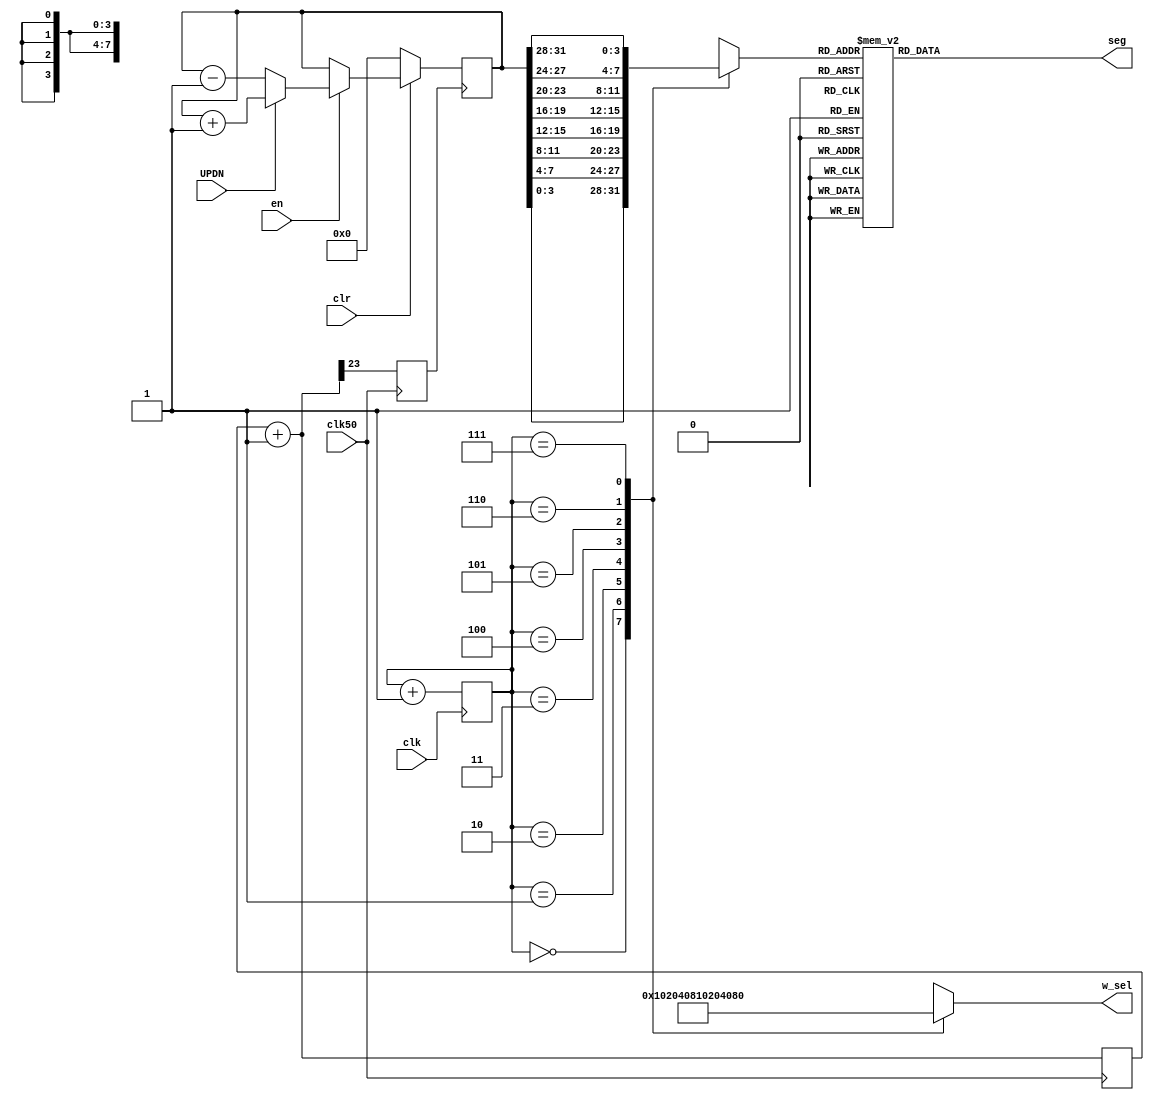
module DigitalTube2(
	 clk50,clr,en,UPDN,  clk,seg,w_sel
);//clk50:50MHZ
	//clk//temp14
	//cntclk:2.98HZ
    input clk;
    //parameter[31:0] datain=32'h20210527;
    output reg[7:0] seg;
    output reg[7:0] w_sel;
    reg[2:0] cnt;
    reg[3:0] data;
//-----------------------
	input clk50,clr,en,UPDN;
	reg[23:0] temp=0;//24
	reg[31:0] cnt32=0;//32
	reg cntclk; //cntclk:2.98HZ
//-----------------------
always @(cnt) begin
    case(cnt)
        3'b000:begin w_sel<=8'b00000001;data<=cnt32[3:0];end
        3'b001:begin w_sel<=8'b00000010;data<=cnt32[7:4];end
        3'b010:begin w_sel<=8'b00000100;data<=cnt32[11:8];end
        3'b011:begin w_sel<=8'b00001000;data<=cnt32[15:12];end
        3'b100:begin w_sel<=8'b00010000;data<=cnt32[19:16];end
        3'b101:begin w_sel<=8'b00100000;data<=cnt32[23:20];end
        3'b110:begin w_sel<=8'b01000000;data<=cnt32[27:24];end
        3'b111:begin w_sel<=8'b10000000;data<=cnt32[31:28];end
    endcase
end
always @(posedge clk) begin
    cnt <= cnt+1;
end
always@(data)
begin
    case(data)
    4'b0000:seg<=8'b11000000;
    4'b0001:seg<=8'b11111001;
    4'b0010:seg<=8'b10100100;
    4'b0011:seg<=8'b10110000;
    4'b0100:seg<=8'b10011001;
    4'b0101:seg<=8'b10010010;
    4'b0110:seg<=8'b10000010;
    4'b0111:seg<=8'b11111000;
    4'b1000:seg<=8'b10000000;
    4'b1001:seg<=8'b10010000;
    4'b1010:seg<=8'b10001000;
    4'b1011:seg<=8'b10000011;
    4'b1100:seg<=8'b11000110;
	 4'b1101:seg<=8'b10100001; 
    4'b1110:seg<=8'b10000110;
    4'b1111:seg<=8'b10001110;
    endcase
end
//--------------------------
always@(posedge clk50)
begin
	if(clk50==1)
		temp = temp + 1;
	cntclk = temp[23];
end
//--------------------------
always@(posedge cntclk)
begin
	if(clr==0) cnt32=0;
	else if(en==1)
	begin
		if(UPDN==1'b1)
			cnt32 = cnt32 + 1;
		else
			cnt32 = cnt32 - 1;
	end
end
endmodule